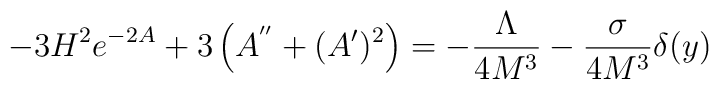
-3H^2e^{-2A}+3\left(A^{''}+(A')^2\right)=   -\frac{\Lambda}{4M^3}-\frac{\sigma}{4M^3}\delta(y)